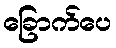
ခြောက်ပေ